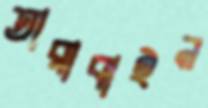
তারাবাইন